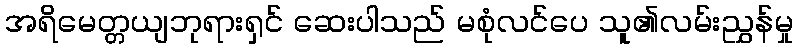
အရိမေတ္တယျဘုရားရှင် ဆေးပါသည် မစုံလင်ပေ သူ၏လမ်းညွှန်မှု